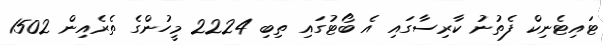
ޓައިޓެނިކް ފެތުނު ކާރިސާގައި އެ ބޯޓުގައި ތިބި 2224 މީހުންގެ ތެރެއިން 1502